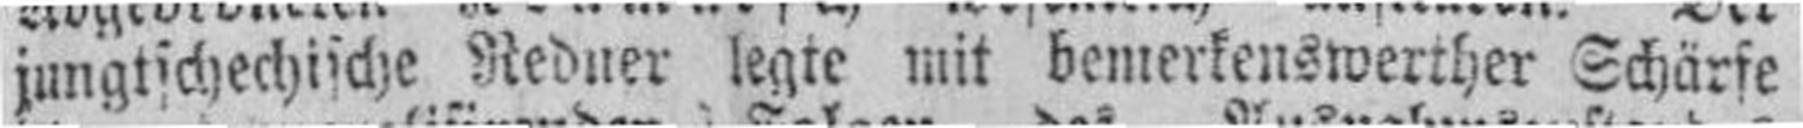
jungtichechische Redner legte mit bemerkenswerther Schärfe